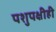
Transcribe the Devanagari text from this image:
पशुपक्षीही